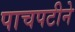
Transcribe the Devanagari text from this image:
पाचपटीने